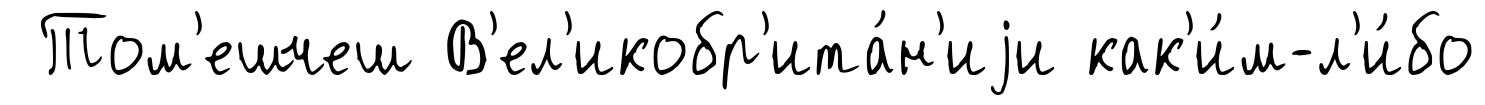
Том'ешчеш В'ел'икобр'ита́н'иjи как'и́м-л'и́бо